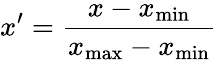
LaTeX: x^{\prime}=\frac{x-x_{\operatorname*{min}}}{x_{\operatorname*{max}}-x_{\operatorname*{min}}}